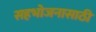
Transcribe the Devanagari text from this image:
सहभोजनासाठी